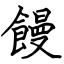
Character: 饅